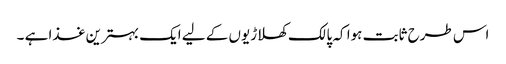
اس طرح ثابت ہوا کہ پالک کھلاڑیوں کے لیے ایک بہترین غذا ہے ۔